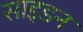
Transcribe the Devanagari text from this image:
साइडन